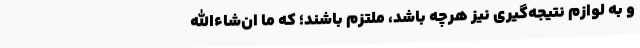
و به لوازم نتیجه‌گیری نیز هرچه باشد، ملتزم باشند؛ که ما ان‌شاءالله